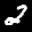
Label: 2